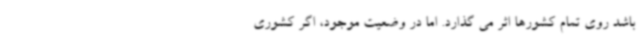
باشد روی تمام کشورها اثر می گذارد. اما در وضعیت موجود، اگر کشوری